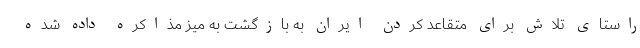
راستای تلاش برای متقاعد کردن ایران به بازگشت به میز مذاکره داده شده